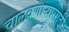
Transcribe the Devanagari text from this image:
चालवणाऱ्यासाठी